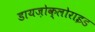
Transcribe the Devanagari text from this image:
डायज़ोक्लोराइड